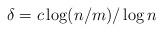
LaTeX: \begin{align*} \delta = c \log(n/m)/\log n\end{align*}